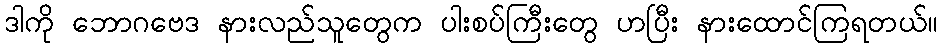
ဒါကို ဘောဂဗေဒ နားလည်သူတွေက ပါးစပ်ကြီးတွေ ဟပြီး နားထောင်ကြရတယ်။